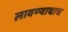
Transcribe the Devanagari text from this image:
लावण्याचाच